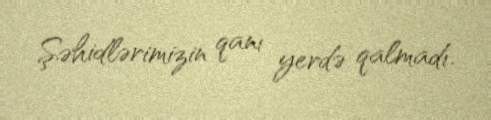
Şəhidlərimizin qanı yerdə qalmadı.